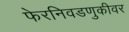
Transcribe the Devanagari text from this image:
फेरनिवडणुकीवर